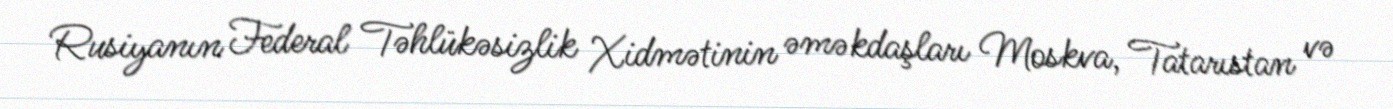
Rusiyanın Federal Təhlükəsizlik Xidmətinin əməkdaşları Moskva, Tatarıstan və